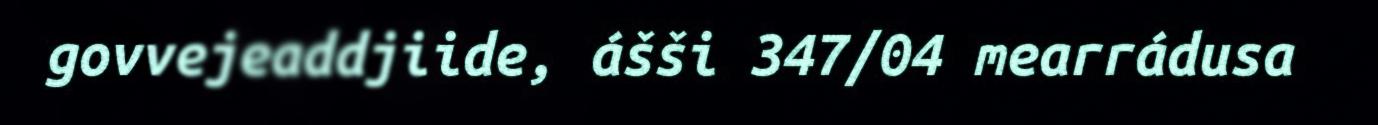
govvejeaddjiide, ášši 347/04 mearrádusa